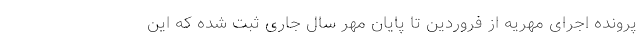
پرونده اجرای مهریه از فروردین تا پایان مهر سال جاری ثبت شده که این